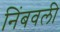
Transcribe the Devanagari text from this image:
निंबवली